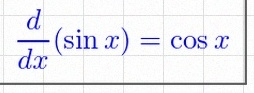
\frac{d}{dx}(\sin x)=\cos x